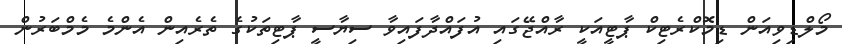
މޯލްޑިވިއަން ޑިމޮކްރެޓިކް ޕާޓީއަކީ ރާއްޖޭގައި އުފައްދާފައިވާ ސިޔާސީ ޕާޓިތަކުގެ ތެރެއިން އެންމެ މެމްބަރުން